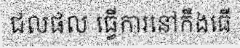
ជលផល ធ្វើការនៅកឹងធើ